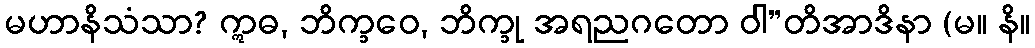
မဟာနိသံသာ? ဣဓ, ဘိက္ခဝေ, ဘိက္ခု အရညဂတော ဝါ”တိအာဒိနာ (မ။ နိ။